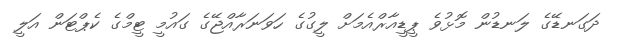
ދަގަނޑޭގެ ލަނޑުން މޮޅުވެ ޕީޑީއާރްއެމަށް ލީގުގެ ހަވަނަރާއްޖޭގެ ގައުމީ ޓީމްގެ ކެޕްޓަން އަލީ